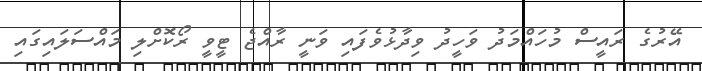
އޭރުގެ ރައީސް މުހައްމަދު ވަހީދު ވިދާޅުވެފައި ވަނީ ރާއްޖެ ޓީވީ ރޯކޮށްލި މައްސަލައިގައި